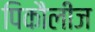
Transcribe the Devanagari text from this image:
पिकौलीज